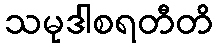
သမုဒါစရတီတိ